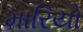
મારિયો